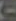
-